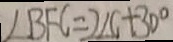
\angle B F C = 2 \angle C + 3 0 ^ { \circ }